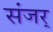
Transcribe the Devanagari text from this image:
संजर्